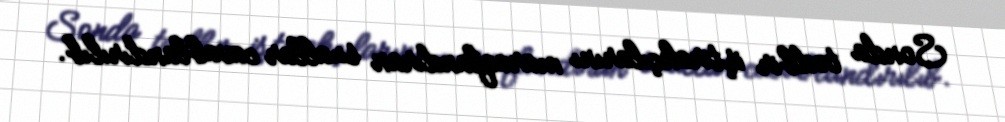
Sonda tədbir iştirakçılarını maraqlandıran suallar cavablandırılıb.